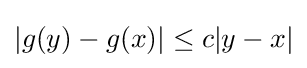
|g(y)-g(x)|\leq c|y-x|